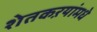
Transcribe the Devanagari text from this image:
शेतकऱयांमधे